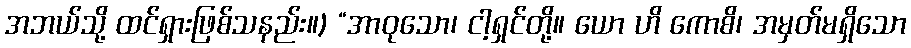
အဘယ်သို့ ထင်ရှားဖြစ်သနည်း။) “အာဝုသော၊ ငါ့ရှင်တို့။ ယော ဟိ ကောစိ၊ အမှတ်မရှိသော